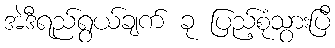
အဲဒီရည်ရွယ်ချက် ခု ပြည့်စုံသွားပြီ